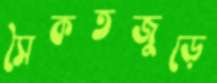
সৈকতজুড়ে